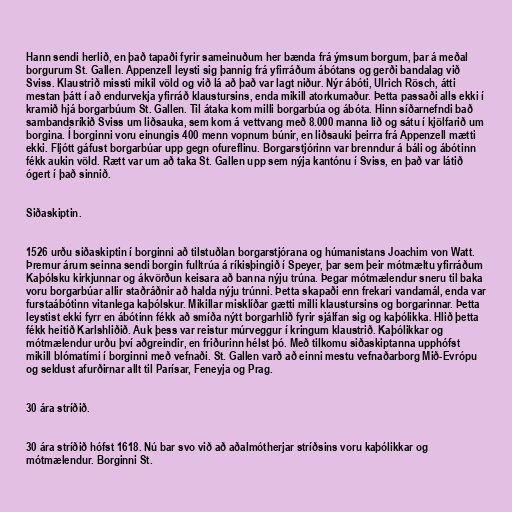
Hann sendi herlið, en það tapaði fyrir sameinuðum her bænda frá ýmsum borgum, þar á meðal
borgurum St. Gallen. Appenzell leysti sig þannig frá yfirráðum ábótans og gerði bandalag við
Sviss. Klaustrið missti mikil völd og við lá að það var lagt niður. Nýr ábóti, Ulrich Rösch, átti
mestan þátt í að endurvekja yfirráð klaustursins, enda mikill atorkumaður. Þetta passaði alls ekki í
kramið hjá borgarbúum St. Gallen. Til átaka kom milli borgarbúa og ábóta. Hinn síðarnefndi bað
sambandsríkið Sviss um liðsauka, sem kom á vettvang með 8.000 manna lið og sátu í kjölfarið um
borgina. Í borginni voru einungis 400 menn vopnum búnir, en liðsauki þeirra frá Appenzell mætti
ekki. Fljótt gáfust borgarbúar upp gegn ofureflinu. Borgarstjórinn var brenndur á báli og ábótinn
fékk aukin völd. Rætt var um að taka St. Gallen upp sem nýja kantónu í Sviss, en það var látið
ógert í það sinnið.

Siðaskiptin.

1526 urðu siðaskiptin í borginni að tilstuðlan borgarstjórana og húmanistans Joachim von Watt.
Þremur árum seinna sendi borgin fulltrúa á ríkisþingið í Speyer, þar sem þeir mótmæltu yfirráðum
Kaþólsku kirkjunnar og ákvörðun keisara að banna nýju trúna. Þegar mótmælendur sneru til baka
voru borgarbúar allir staðráðnir að halda nýju trúnni. Þetta skapaði enn frekari vandamál, enda var
furstaábótinn vitanlega kaþólskur. Mikillar misklíðar gætti milli klaustursins og borgarinnar. Þetta
leystist ekki fyrr en ábótinn fékk að smíða nýtt borgarhlið fyrir sjálfan sig og kaþólikka. Hlið þetta
fékk heitið Karlshliðið. Auk þess var reistur múrveggur í kringum klaustrið. Kaþólikkar og
mótmælendur urðu því aðgreindir, en friðurinn hélst þó. Með tilkomu siðaskiptanna upphófst
mikill blómatími í borginni með vefnaði. St. Gallen varð að einni mestu vefnaðarborg Mið-Evrópu
og seldust afurðirnar allt til Parísar, Feneyja og Prag.

30 ára stríðið.

30 ára stríðið hófst 1618. Nú bar svo við að aðalmótherjar stríðsins voru kaþólikkar og
mótmælendur. Borginni St.